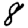
Digit: 8